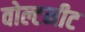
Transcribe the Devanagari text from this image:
वोल्टमीट